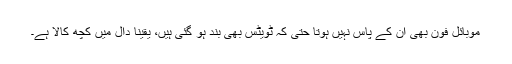
موبائل فون بھی ان کے پاس نہیں ہوتا حتیٰ کہ ٹویٹس بھی بند ہو گئی ہیں، یقیناً دال میں کچھ کالا ہے۔